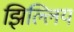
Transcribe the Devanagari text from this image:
झिल्लिय